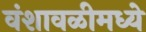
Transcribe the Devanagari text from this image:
वंशावळीमध्ये